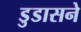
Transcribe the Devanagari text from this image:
डुडासने